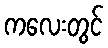
ကလေးတွင်